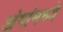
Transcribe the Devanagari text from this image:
अंगांमध्ये